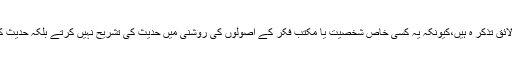
اس ضمن میں اہل حدیث علما کی مساعی بہ طور خاص لائق تذکر ہ ہیں،کیونکہ یہ کسی خاص شخصیت یا مکتب فکر کے اصولوں کی روشنی میں حدیث کی تشریح نہیں کرتے بلکہ حدیث کو اصل قرار دیتے ہوئے اس سے مسائل اخذ کرتے ہیں ۔